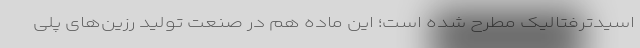
اسیدترفتالیک مطرح شده است؛ این ماده هم در صنعت تولید رزین‌های پلی